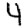
Digit: 4